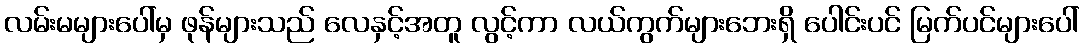
လမ်းမများပေါ်မှ ဖုန်များသည် လေနှင့်အတူ လွင့်ကာ လယ်ကွက်များဘေးရှိ ပေါင်းပင် မြက်ပင်များပေါ်